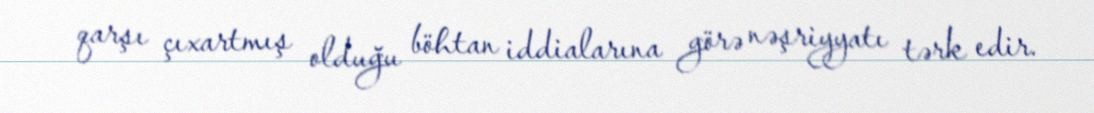
qarşı çıxartmış olduğu böhtan iddialarına görə nəşriyyatı tərk edir.